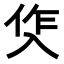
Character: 𭁀